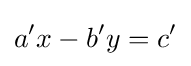
a'x-b'y=c'